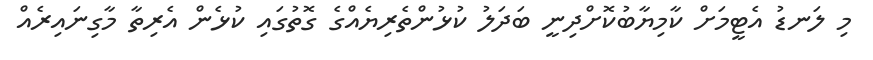
މި ލަނޑު އެޓީމަށް ކާމިޔާބުކޮށްދިނީ ބަދަލު ކުޅުންތެރިޔެއްގެ ގޮތުގައި ކުޅެން އެރިތާ މާގިނައިރެއް